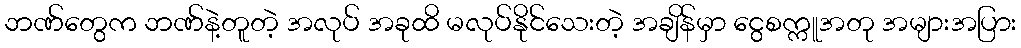
ဘဏ်တွေက ဘဏ်နဲ့တူတဲ့ အလုပ် အခုထိ မလုပ်နိုင်သေးတဲ့ အချိန်မှာ ငွေစက္ကူအတု အများအပြား